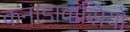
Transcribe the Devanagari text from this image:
कनाडावासियों